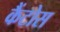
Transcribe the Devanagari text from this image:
कैंटोस